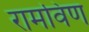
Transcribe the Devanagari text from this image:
रामविण